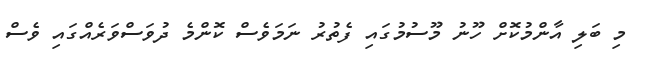
މި ބަލި އާންމުކޮށް ހޫނު މޫސުމުގައި ފެތުރު ނަމަވެސް ކޮންމެ ދުވަސްވަރެއްގައި ވެސް